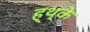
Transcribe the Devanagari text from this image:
ह्थ्के